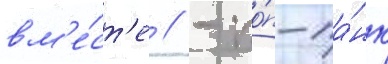
вм'е́ст'е // - по́п-па́нк